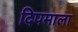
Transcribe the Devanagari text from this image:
दिपमाला